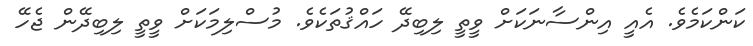
ކަންކަމެވެ. އެއީ އިންސާނަކަށް ވީތީ ލިބިދޭ ހައްޤުތަކެވެ. މުސްލިމަކަށް ވީތީ ލިބިދޭން ޖެހޭ